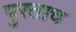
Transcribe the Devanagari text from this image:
पुरताच